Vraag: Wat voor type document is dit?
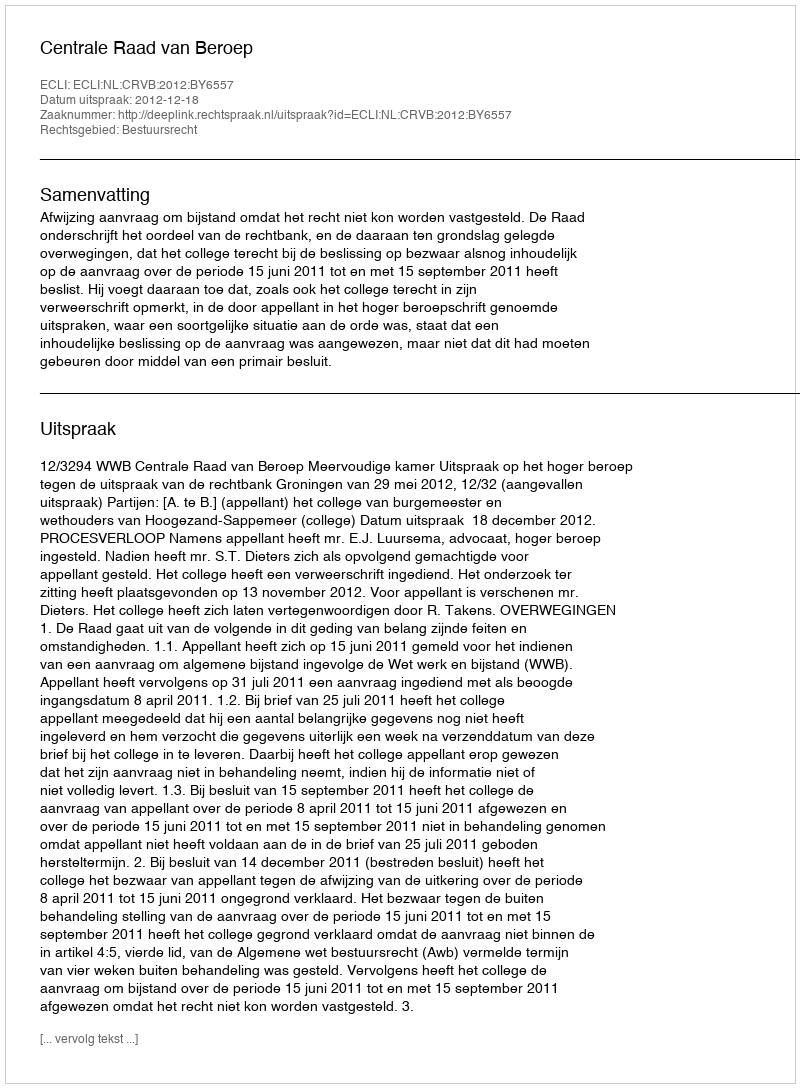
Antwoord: Uitspraak